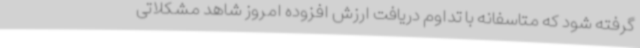
گرفته شود که متاسفانه با تداوم دریافت ارزش افزوده امروز شاهد مشکلاتی